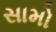
સામો